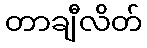
တာချီလိတ်